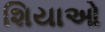
શિયાઓ